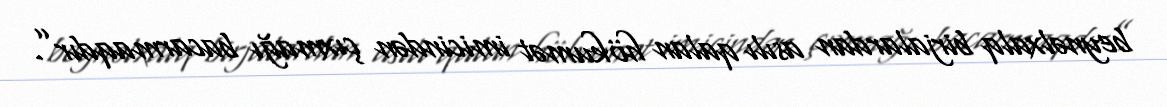
beynəlxalq birjalardan asılı qalan hökumət imicindən çıxmağı bacarmaqdır”.